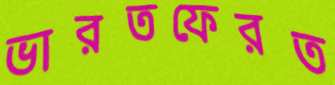
ভারতফেরত